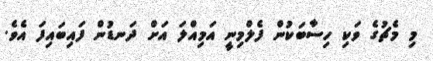
މި މެޗުގެ ވަކި ހިސާބަކުން ފެލްމިނީ އަމިއްލަ އަށް ދަނޑުން ފައިބައިފަ އެވެ.